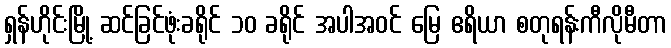
ရှန်ဟိုင်းမြို့ ဆင်ခြင်ဖုံးခရိုင် ၁၀ ခရိုင် အပါအဝင် မြေ ဧရိယာ စတုရန်းကီလိုမီတာ